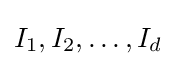
I_{1},I_{2},\ldots ,I_{d}